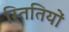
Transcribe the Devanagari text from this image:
स्तितियों